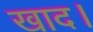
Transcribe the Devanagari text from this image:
खाद।